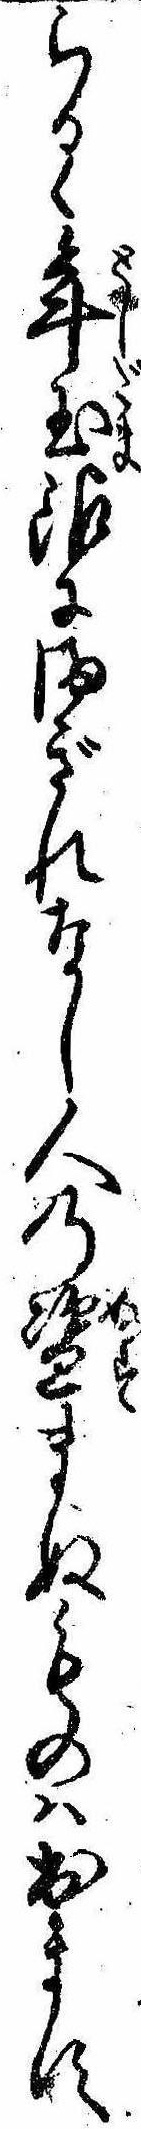
らるゝ年玉銀にまぎれなし人の盗まぬものは出ます